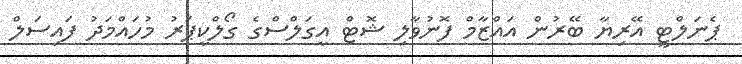
ޕެނަލްޓީ އޭރިޔާ ބޭރުން އައްޒާމް ފޮނުވާލި ޝޮޓް އީގަލްސްގެ ގޯލްކީޕަރު މުހައްމަދު ފައިސަލް